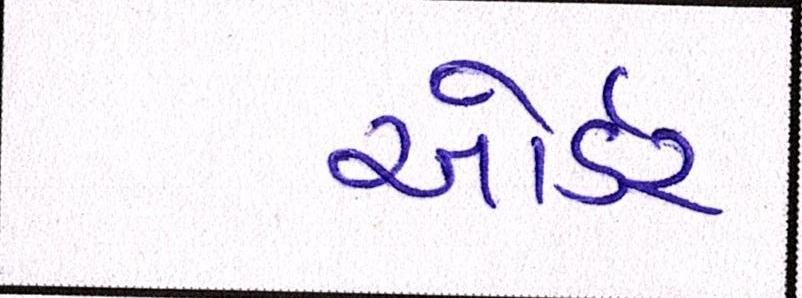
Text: ઓર્ડર